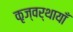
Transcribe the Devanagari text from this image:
कृज्वर्थायाँ